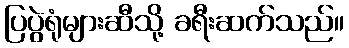
ပြပွဲရုံများဆီသို့ ခရီးဆက်သည်။